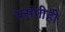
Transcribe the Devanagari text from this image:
प्रसंगीही